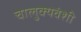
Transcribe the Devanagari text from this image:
चालुक्यवंशी